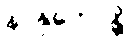
နာနုဘောန္တိ